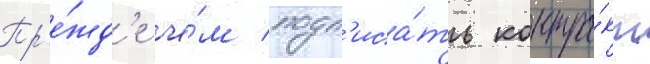
Пр'е́жд'е че́м подп'иса́ть контра́кт